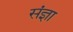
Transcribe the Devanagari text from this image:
संंज्ञा